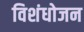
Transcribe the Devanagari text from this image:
विशंधोजन